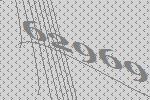
62969